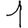
Digit: 1